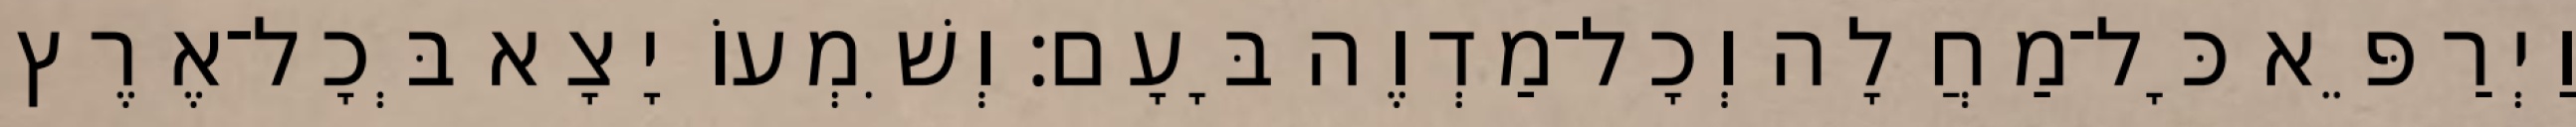
וַיְרַפֵּא כָּל־מַחֲלָה וְכָל־מַדְוֶה בָּעָם׃ וְשִׁמְעוֹ יָצָא בְּכָל־אֶרֶץ